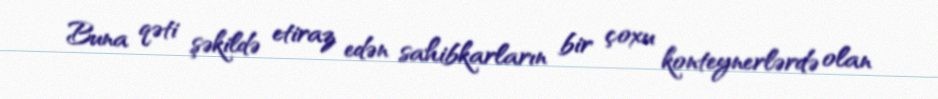
Buna qəti şəkildə etiraz edən sahibkarların bir çoxu konteynerlərdə olan